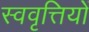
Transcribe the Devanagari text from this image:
स्ववृत्तियों